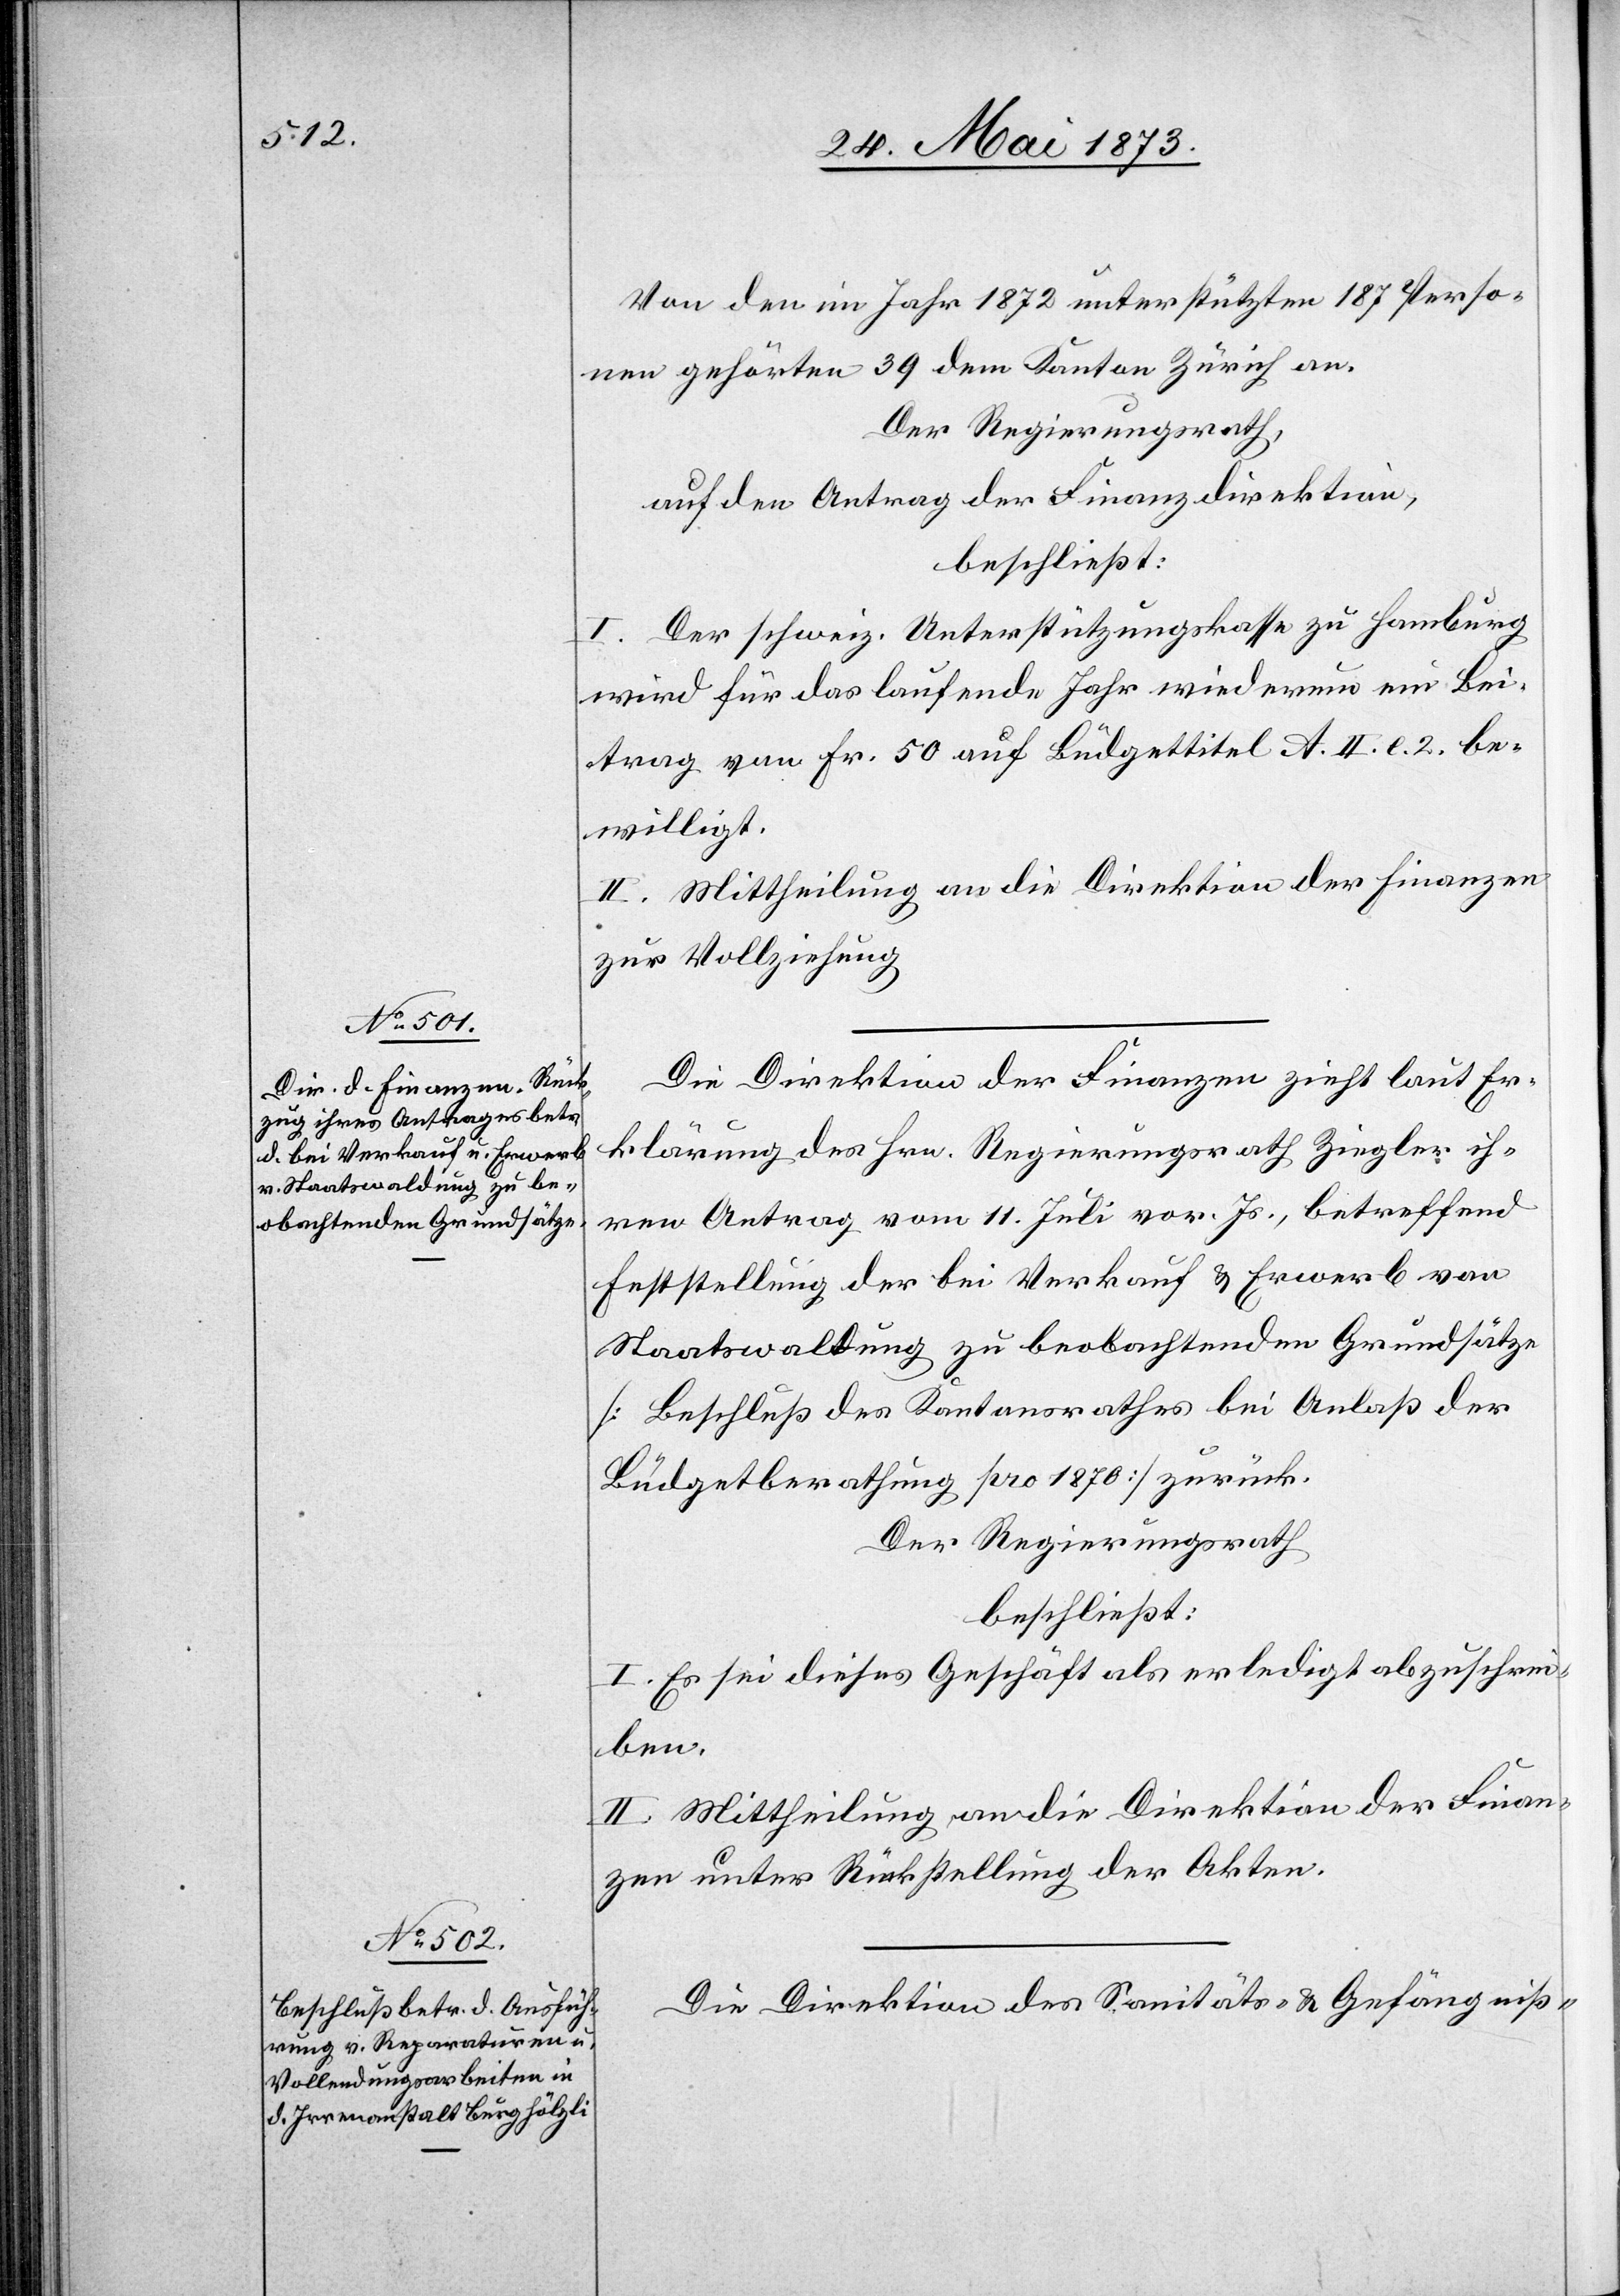
Von den im Jahr 1872 unterstützten 187 Perso¬
nen gehörten 39 dem Kanton Zürich an.
Der Regierungsrath,
auf den Antrag der Finanzdirektion,
beschließt:
I. Der schweiz. Unterstützungskasse zu Hamburg
wird für das laufende Jahr wiederum ein Bei¬
trag von Fr. 50 auf Büdgettitel A. II. e. 2. be¬
willigt.
II. Mittheilung an die Direktion der Finanzen
zur Vollziehung.
Die Direktion der Finanzen zieht laut Er¬
klärung des Hrn. Regierungsrath Ziegler ih¬
ren Antrag vom 11. Juli vor. Js., betreffend
Feststellung der bei Verkauf & Erwerb von
Staatswaldung zu beobachtenden Grundsätze
[Beschluß des Katnonsrathes bei Anlaß der
Büdgetberathung pro 1870] zurück.
Der Regierungsrath
beschließt:
I. Es sei dieses Geschäft als erledigt abzuschrei¬
ben.
II. Mittheilung an die Direktion der Finan¬
zen unter Rückstellung der Akten.
Die Direktion des Sanitäts- & Gefängniß-